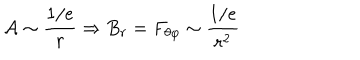
{ \cal A } \sim \frac { 1 / e } { r } \Rightarrow B _ { r } = F _ { \theta \varphi } \sim \frac { 1 / e } { r ^ { 2 } }